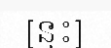
[នុះ]